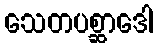
သေတပစ္ဆာဒေါ